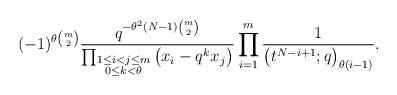
LaTeX: \begin{align*}(-1)^{\theta {m \choose 2}}\frac{q^{-\theta^2(N-1){m \choose 2}}}{\prod_{\substack{1\leq i<j\leq m \\ 0\leq k<\theta}}{\big(x_i - q^kx_j\big)}}\prod_{i=1}^m{\frac{1}{\big(t^{N-i+1}; q\big)_{\theta(i-1)}}}.\end{align*}